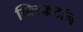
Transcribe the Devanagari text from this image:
क्लिफटॉन